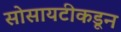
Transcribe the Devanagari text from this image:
सोसायटीकडून